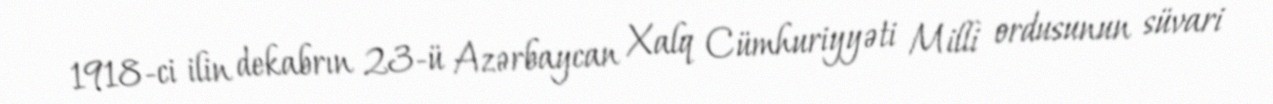
1918-ci ilin dekabrın 23-ü Azərbaycan Xalq Cümhuriyyəti Milli ordusunun süvari